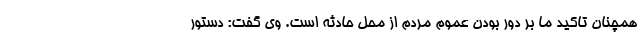
همچنان تاکید ما بر دور بودن عموم مردم از محل حادثه است. وی گفت: دستور